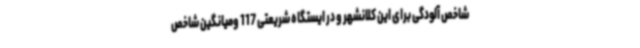
شاخص آلودگی برای این کلانشهر و در ایستگاه شریعتی 117 ومیانگین شاخص